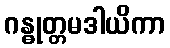
ဂန္ဓုတ္တမဒါယိကာ